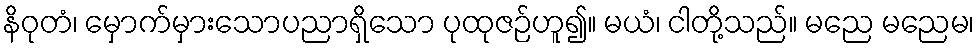
နိဝုတံ၊ မှောက်မှားသောပညာရှိသော ပုထုဇဉ်ဟူ၍။ မယံ၊ ငါတို့သည်။ မညေ မညေမ၊